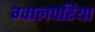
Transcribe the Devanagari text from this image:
ग्वालपरिया